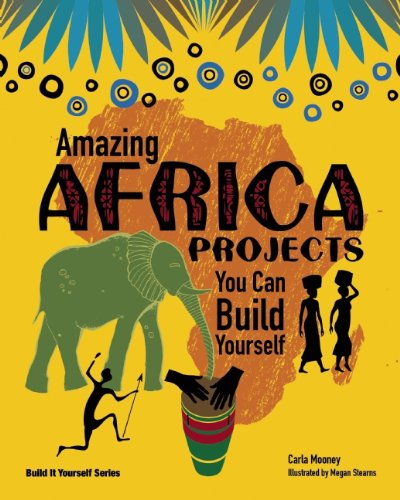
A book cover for Amazing AFRICA PROJECTS: You Can Build Yourself (Build It Yourself); Carla Mooney; Children's Books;